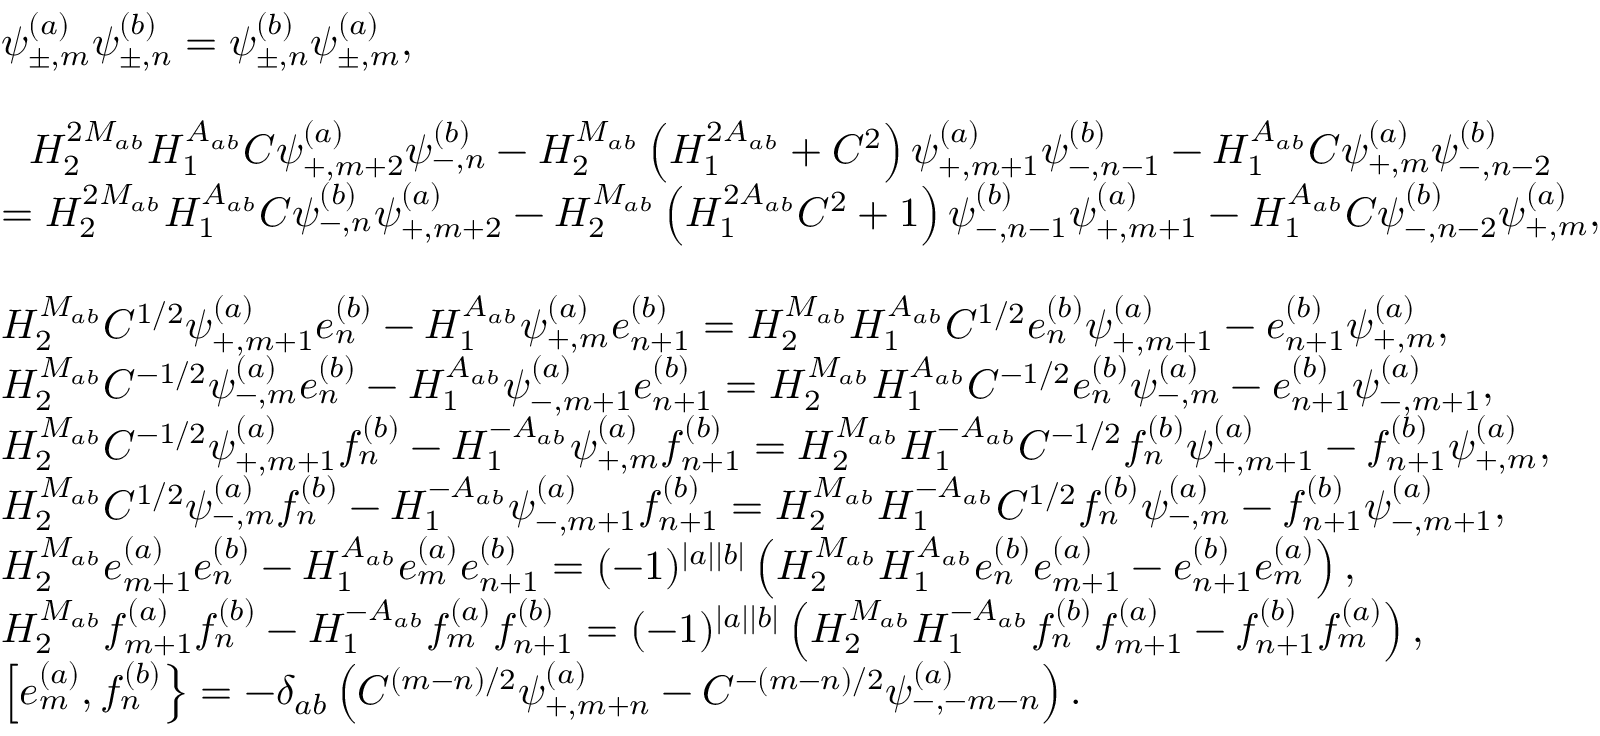
\begin{array} { r l } & { \psi _ { \pm , m } ^ { ( a ) } \psi _ { \pm , n } ^ { ( b ) } = \psi _ { \pm , n } ^ { ( b ) } \psi _ { \pm , m } ^ { ( a ) } , } \\ & { } \\ & { ~ ~ H _ { 2 } ^ { 2 M _ { a b } } H _ { 1 } ^ { A _ { a b } } C \psi _ { + , m + 2 } ^ { ( a ) } \psi _ { - , n } ^ { ( b ) } - H _ { 2 } ^ { M _ { a b } } \left( H _ { 1 } ^ { 2 A _ { a b } } + C ^ { 2 } \right) \psi _ { + , m + 1 } ^ { ( a ) } \psi _ { - , n - 1 } ^ { ( b ) } - H _ { 1 } ^ { A _ { a b } } C \psi _ { + , m } ^ { ( a ) } \psi _ { - , n - 2 } ^ { ( b ) } } \\ & { = H _ { 2 } ^ { 2 M _ { a b } } H _ { 1 } ^ { A _ { a b } } C \psi _ { - , n } ^ { ( b ) } \psi _ { + , m + 2 } ^ { ( a ) } - H _ { 2 } ^ { M _ { a b } } \left( H _ { 1 } ^ { 2 A _ { a b } } C ^ { 2 } + 1 \right) \psi _ { - , n - 1 } ^ { ( b ) } \psi _ { + , m + 1 } ^ { ( a ) } - H _ { 1 } ^ { A _ { a b } } C \psi _ { - , n - 2 } ^ { ( b ) } \psi _ { + , m } ^ { ( a ) } , } \\ & { } \\ & { H _ { 2 } ^ { M _ { a b } } C ^ { 1 / 2 } \psi _ { + , m + 1 } ^ { ( a ) } e _ { n } ^ { ( b ) } - H _ { 1 } ^ { A _ { a b } } \psi _ { + , m } ^ { ( a ) } e _ { n + 1 } ^ { ( b ) } = H _ { 2 } ^ { M _ { a b } } H _ { 1 } ^ { A _ { a b } } C ^ { 1 / 2 } e _ { n } ^ { ( b ) } \psi _ { + , m + 1 } ^ { ( a ) } - e _ { n + 1 } ^ { ( b ) } \psi _ { + , m } ^ { ( a ) } , } \\ & { H _ { 2 } ^ { M _ { a b } } C ^ { - 1 / 2 } \psi _ { - , m } ^ { ( a ) } e _ { n } ^ { ( b ) } - H _ { 1 } ^ { A _ { a b } } \psi _ { - , m + 1 } ^ { ( a ) } e _ { n + 1 } ^ { ( b ) } = H _ { 2 } ^ { M _ { a b } } H _ { 1 } ^ { A _ { a b } } C ^ { - 1 / 2 } e _ { n } ^ { ( b ) } \psi _ { - , m } ^ { ( a ) } - e _ { n + 1 } ^ { ( b ) } \psi _ { - , m + 1 } ^ { ( a ) } , } \\ & { H _ { 2 } ^ { M _ { a b } } C ^ { - 1 / 2 } \psi _ { + , m + 1 } ^ { ( a ) } f _ { n } ^ { ( b ) } - H _ { 1 } ^ { - A _ { a b } } \psi _ { + , m } ^ { ( a ) } f _ { n + 1 } ^ { ( b ) } = H _ { 2 } ^ { M _ { a b } } H _ { 1 } ^ { - A _ { a b } } C ^ { - 1 / 2 } f _ { n } ^ { ( b ) } \psi _ { + , m + 1 } ^ { ( a ) } - f _ { n + 1 } ^ { ( b ) } \psi _ { + , m } ^ { ( a ) } , } \\ & { H _ { 2 } ^ { M _ { a b } } C ^ { 1 / 2 } \psi _ { - , m } ^ { ( a ) } f _ { n } ^ { ( b ) } - H _ { 1 } ^ { - A _ { a b } } \psi _ { - , m + 1 } ^ { ( a ) } f _ { n + 1 } ^ { ( b ) } = H _ { 2 } ^ { M _ { a b } } H _ { 1 } ^ { - A _ { a b } } C ^ { 1 / 2 } f _ { n } ^ { ( b ) } \psi _ { - , m } ^ { ( a ) } - f _ { n + 1 } ^ { ( b ) } \psi _ { - , m + 1 } ^ { ( a ) } , } \\ & { H _ { 2 } ^ { M _ { a b } } e _ { m + 1 } ^ { ( a ) } e _ { n } ^ { ( b ) } - H _ { 1 } ^ { A _ { a b } } e _ { m } ^ { ( a ) } e _ { n + 1 } ^ { ( b ) } = ( - 1 ) ^ { | a | | b | } \left( H _ { 2 } ^ { M _ { a b } } H _ { 1 } ^ { A _ { a b } } e _ { n } ^ { ( b ) } e _ { m + 1 } ^ { ( a ) } - e _ { n + 1 } ^ { ( b ) } e _ { m } ^ { ( a ) } \right) , } \\ & { H _ { 2 } ^ { M _ { a b } } f _ { m + 1 } ^ { ( a ) } f _ { n } ^ { ( b ) } - H _ { 1 } ^ { - A _ { a b } } f _ { m } ^ { ( a ) } f _ { n + 1 } ^ { ( b ) } = ( - 1 ) ^ { | a | | b | } \left( H _ { 2 } ^ { M _ { a b } } H _ { 1 } ^ { - A _ { a b } } f _ { n } ^ { ( b ) } f _ { m + 1 } ^ { ( a ) } - f _ { n + 1 } ^ { ( b ) } f _ { m } ^ { ( a ) } \right) , } \\ & { \left[ e _ { m } ^ { ( a ) } , f _ { n } ^ { ( b ) } \right\} = - \delta _ { a b } \left( C ^ { ( m - n ) / 2 } \psi _ { + , m + n } ^ { ( a ) } - C ^ { - ( m - n ) / 2 } \psi _ { - , - m - n } ^ { ( a ) } \right) . } \end{array}